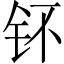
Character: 钚